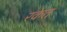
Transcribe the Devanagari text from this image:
रकेत